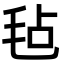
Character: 毡